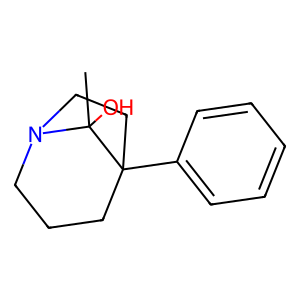
SMILES: CC1(O)N2CCCC1(c1ccccc1)CC2
Inhibits HIV replication: No